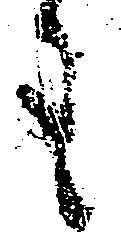
も